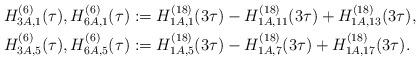
LaTeX: \begin{align*}H^{(6)}_{3A,1}(\tau), H^{(6)}_{6A,1}(\tau)&:=H^{(18)}_{1A,1}(3\tau)-H^{(18)}_{1A,11}(3\tau)+H^{(18)}_{1A,13}(3\tau),\\H^{(6)}_{3A,5}(\tau), H^{(6)}_{6A,5}(\tau)&:=H^{(18)}_{1A,5}(3\tau)-H^{(18)}_{1A,7}(3\tau)+H^{(18)}_{1A,17}(3\tau).\end{align*}